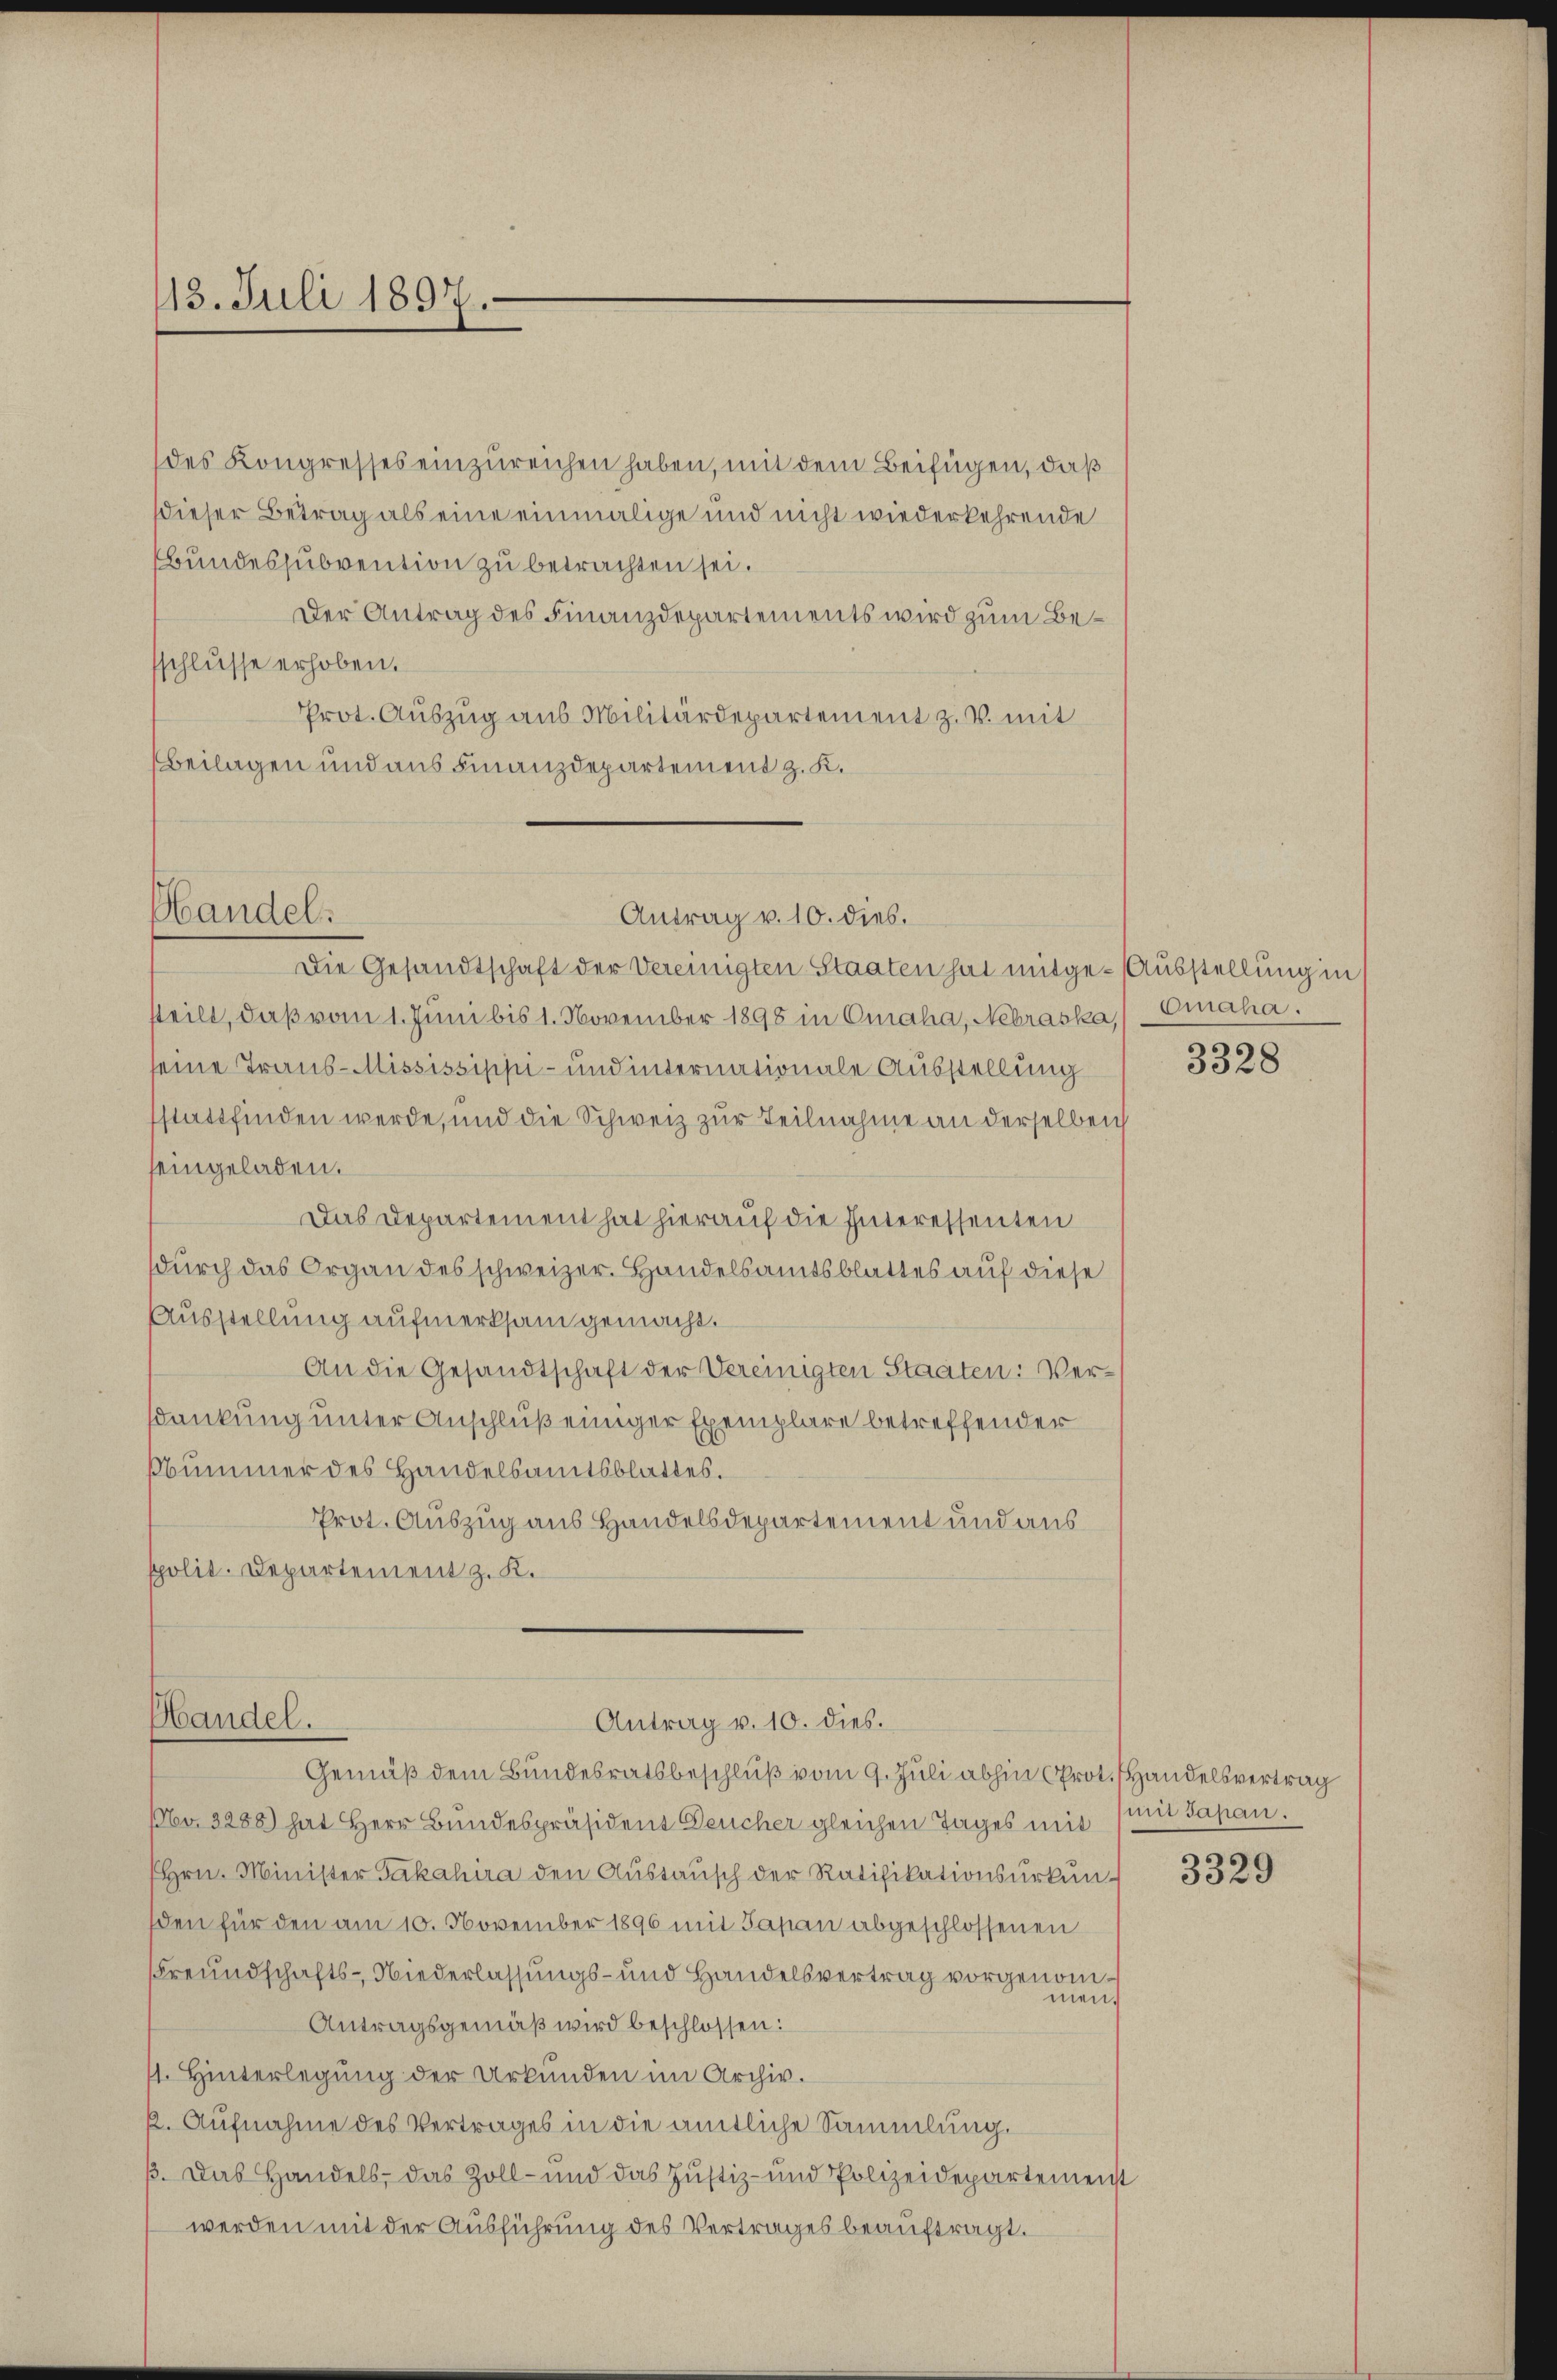
13. Juli 1897.

des Kongresses einzureichen haben, mit dem Beifügen, daß
dieser Betrag als eine einmalige und nicht wiederkehrende
Bundessubvention zu betrachten sei.
Der Antrag des Finanzdepartements wird zum Beschlusse erhoben.
Prot. Auszug aus Militärdepartement z. B. mit
Beilagen und aus Finanzdepartement z. K.

Handel.

Antrag v. 10. dies.

Die Gesandtschaft der Vereinigten Staaten hat mitge-Ausstellung in
steilt, daß vom 1. Juni bis 1. November 1898 in Craha, Nehraska) Einaha.
seine Traus-Mississischi- und internationale Ausstellung
sstattfinden werde, und die Schweiz zur Teilnahme an derselben
seingeladen.
Das Departement hat hierauf die Interessenten
durch das Organ des schweizer. Handelsamtsblattes auf diese
Ausstellung aufmerksam gemacht.
An die Gesandtschaft der Vereinigten Staaten: Versankung unter Anschluß einiger Exemplare betreffender
sbummer des Handelsamtsblattes.
Prot. Auszug aus Handelsdepartement und aus
spolit. Departement z. K.

Handel.
Antrag v. 10. dies.
Gemäß dem Bundesratsbeschluß vom 9. Juli abhin Prot. Handelsvertrag

Nr. 3288) hat Herr Bundespräsident Deucher gleichen Tages mit (mit Japan.
Hrn. Minister Fakahira den Austausch der Ratifikationsurkunden für den am 10. November 1896 mit Papan abgeschlossenen
Freundschafts-Niederlassungs- und Handelsvertrag vorgenommen.
Antragsgemäß wird beschlossen:
11. Hinterlegung der Urkunden im Archiv.
k. Aufnahme des Vertrages in die amtliche Sammlung.
3. Das Handels, das Zoll- und das Justiz- und Polizeidepartemenst
werden mit der Ausführung des Vertrages beauftragt.

3328

3329